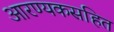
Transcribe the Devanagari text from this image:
आरण्यकसहित